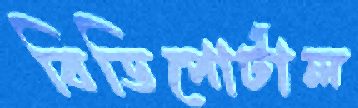
বিডিপোর্টাল